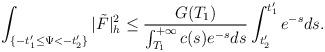
LaTeX: \begin{align*}\int_{\{-t'_1\le\Psi<-t'_2\}}|\tilde{F}|^2_h\le\frac{G(T_1)}{\int_{T_1}^{+\infty}c(s)e^{-s}ds}\int_{t'_2}^{t'_1}e^{-s}ds.\end{align*}